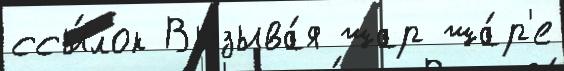
ссы́лок Вызыва́я шар ша́р'е